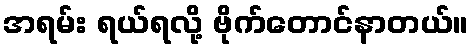
အရမ်း ရယ်ရလို့ ဗိုက်တောင်နာတယ်။